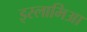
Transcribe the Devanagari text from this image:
इस्लामिआ